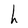
Character: h